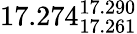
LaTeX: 17.274_{17.261}^{17.290}